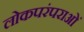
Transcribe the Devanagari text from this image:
लोकपरंपराओं